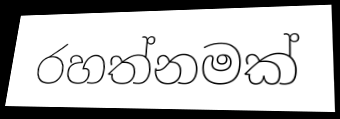
රහත්නමක්